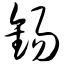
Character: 锡